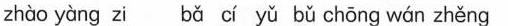
zhào yàng zi bǎ cí yǔ bǔ chōng wán zhěng